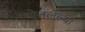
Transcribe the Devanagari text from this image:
चेतलेल्या